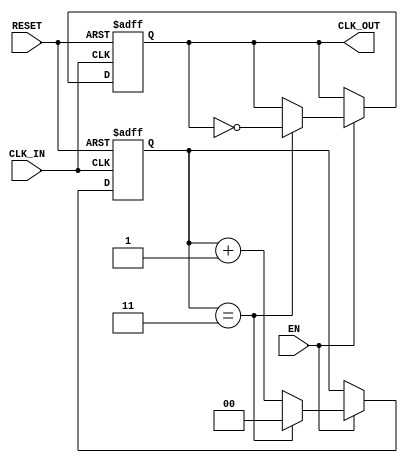
module clock_divider_buffer #(
    parameter N = 4  // Division factor (default is 4)
)(
    input wire CLK_IN,   // Input clock signal
    input wire EN,       // Enable signal
    input wire RESET,    // Asynchronous reset signal
    output reg CLK_OUT    // Output clock signal
);

    reg [$clog2(N)-1:0] counter; // Counter to keep track of clock cycles

    // Asynchronous reset and clock divider logic
    always @(posedge CLK_IN or posedge RESET) begin
        if (RESET) begin
            counter <= 0;      // Reset counter
            CLK_OUT <= 0;      // Reset output clock
        end else if (EN) begin
            if (counter == (N-1)) begin
                counter <= 0;   // Reset counter
                CLK_OUT <= ~CLK_OUT; // Toggle output clock
            end else begin
                counter <= counter + 1; // Increment counter
            end
        end
    end

endmodule